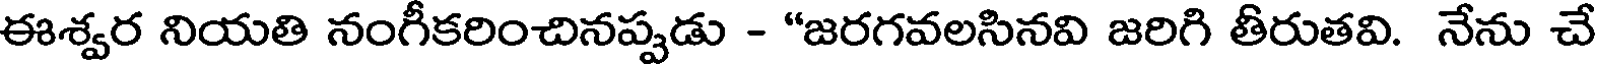
ఈశ్వర నియతి నంగీకరించినప్పడు - "జరగవలసినవి జరిగి తీరుతవి. నేను చే